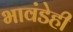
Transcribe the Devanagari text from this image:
भावंडेही